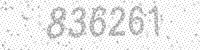
Solution: 836261